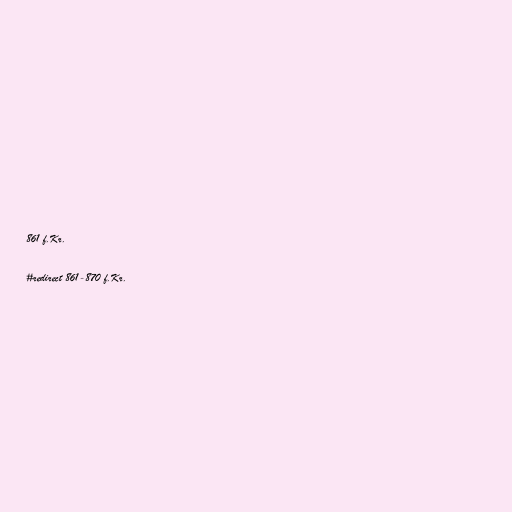
861 f.Kr.

#redirect 861-870 f.Kr.